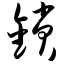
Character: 锁